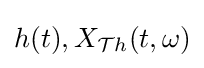
h(t),X_{{\mathcal {T}}h}(t,\omega )